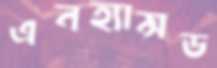
এনহ্যান্সড